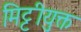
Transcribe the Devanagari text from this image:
मिट्टीयुक्त